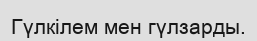
Гүлкілем мен гүлзарды.